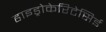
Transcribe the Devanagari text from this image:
हाइड्रोकेरिटेसिई